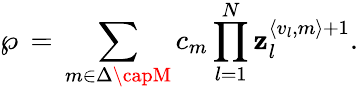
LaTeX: \wp\, =\, \sum_{{m}\in{\Delta\capM}}c_{m}\prod_{l=1}^{N}\mathbf{z}_{l}^{\langle{v}_{l},{m}\rangle+1}.